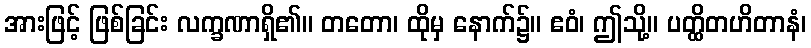
အားဖြင့် ဖြစ်ခြင်း လက္ခဏာရှိ၏။ တတော၊ ထိုမှ နောက်၌။ ဧဝံ၊ ဤသို့။ ပတ္ထိတဟိတာနံ၊